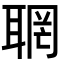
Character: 𦖉